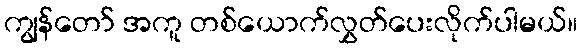
ကျွန်တော် အကူ တစ်ယောက်လွှတ်ပေးလိုက်ပါမယ်။